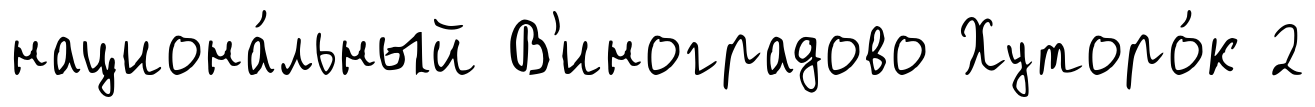
национа́льный В'иноградово Хуторо́к 2